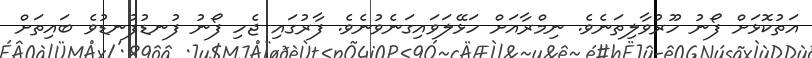
އަތުކޮޅަށް ފޯނު ހޫރުވާލިތަނެވެ. ނިމްރާއަށް ހަޅޭލަވައިގަނެވުނެވެ. ފާރުގައި ޖެހި ފޯނު ފުނޑުފުނޑުވެ ބައިތަށް